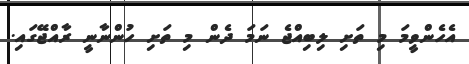
އެހެންވީމަ މި ތަށި ލިބިއްޖެ ނަމަ ދެން މި ތަށި ހުންނާނީ ރާއްޖޭގައި.